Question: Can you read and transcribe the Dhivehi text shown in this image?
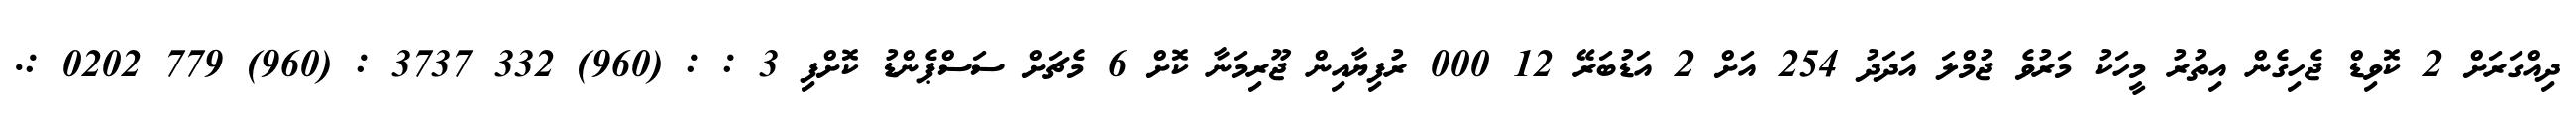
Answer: ދިއްގަރަށް 2 ކޮވިޑް ޖެހިގެން އިތުރު މީހަކު މަރުވެ ޖުމްލަ އަދަދު 254 އަށް 2 އަޑުބަރޭ 12 000 ރުފިޔާއިން ޖޫރިމަނާ ކޮށް 6 މެޗަށް ސަސްޕެންޑު ކޮށްފި 3 : : (960) 332 3737 : (960) 779 0202 :.